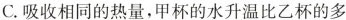
C.吸收相同的热量，甲杯的水升温比乙杯的多